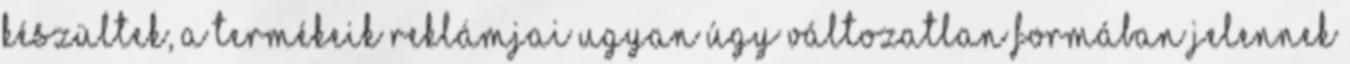
készültek, a termékeik reklámjai ugyan úgy változatlan formában jelennek